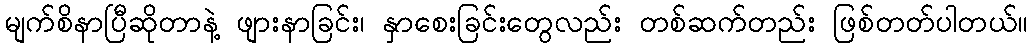
မျက်စိနာပြီဆိုတာနဲ့ ဖျားနာခြင်း၊ နှာစေးခြင်းတွေလည်း တစ်ဆက်တည်း ဖြစ်တတ်ပါတယ်။